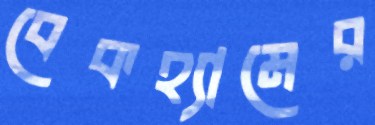
বেকহ্যামের